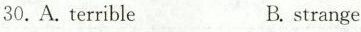
30.A.terribleB.strange